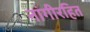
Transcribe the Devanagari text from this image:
नांगीरहित